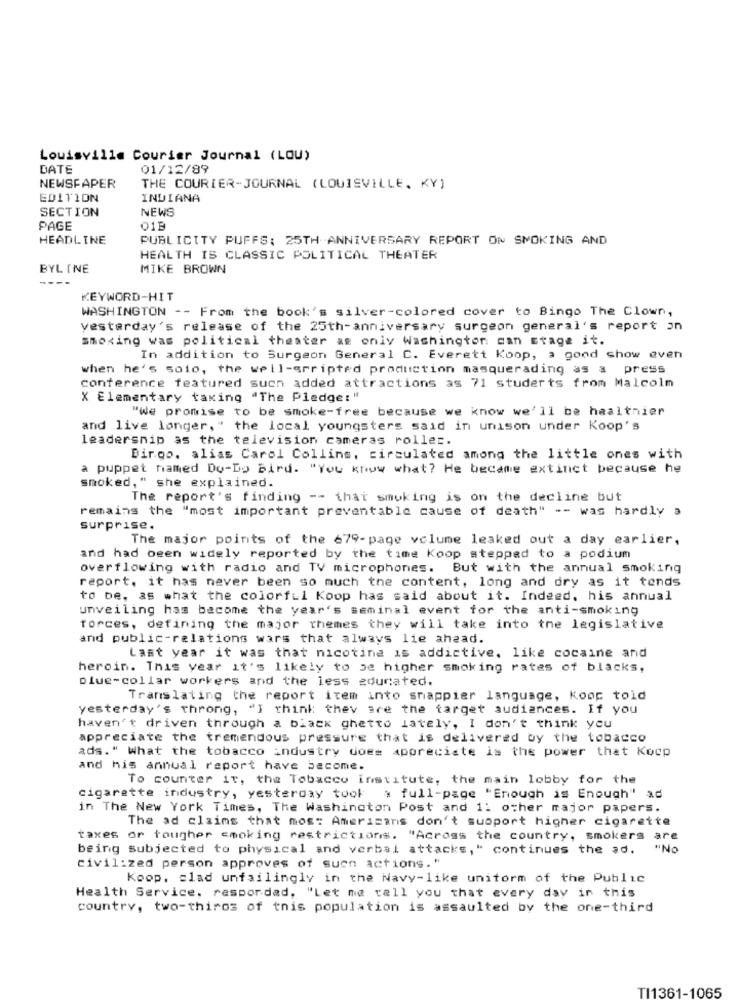
Louisville Courier Journal (LOU)
DATE
01/12/89
NEWSPAPER
THE COURIER-JOURNAL (LOUISVILLE. KY)
EDITION
INDIANA
SECTION
NEWS
PAGE
01B
HEADLINE
PUBLICITY PUFFS: 25TH ANNIVERSARY REPORT ON SMOKING AND
HEALTH IS CLASSIC POLITICAL THEATER
BYL INE
MIKE BROWN
---
KEYWORD-HIT
WASHINGTON -- From the book's silver-colored cover to Bingo The Clown,
yesterday's release of the 25th-anniversary surgeon general's report on
smoking was political theater as only Washington can stage it.
In addition to Surgeon General C. Everett Koop, a gond show even
when he's solo, the well-scripted production masquerading as a press
conference featured such added attractions as 71 studerts from Malcolm
X Elementary taxing "The Pledge:"
"We promise to be smoke-free because we know we'll be healthier
and live longer, " the local youngsters said in unison under Koop's
leadership as the television cameras roller.
Bingo, alias Carol Collins, circulated among the little ones with
a puppet named Do-Do Bird. "You know what? He became extinct because he
smoked," she explained.
The report's finding -- that smoking is on the decline but
remains the "most important preventable cause of death" -- was hardly a
surprise.
The major points of the 679-page volume leaked out a day earlier,
and had been widely reported by the time Koop stepped to a podium
overflowing with radio and TV microphones.
But with the annual smoking
report, it has never been so much the content, long and dry as it tends
to be, as what the colorful Koop has said about it. Indeed, his annual
unveiling has become the year's seminal event for the anti-smoking
forces, defining the major themes they will take into the legislative
and public-relations wars that always lie ahead.
Last year it was that nicotine is addictive. like cocaine and
heroin. This year it's likely to be higher smoking rates of blacks,
blue-collar workers and the less educated.
Translating the report item into snappier language, Koop told
yesterday's throng, "I think they are the target audiences. If you
haven't driven through a black ghetto lately, I don't think you
appreciate the tremendous pressure that is delivered by the tobacco
ads." What the tobacco industry does appreciate is the power that Kocp
and his annual report have become.
To counter it, the Tobacco institute, the main lobby for the
cigarette industry, yesterday took a full-page "Enough is Enough" ad
in The New York Times, The Washington Post and 1: other major papers.
The ad claims that mos: Americans don't suoport higher cigarette
taxes or tougher cooking restrictions. "Across the country, smokers are
being subjected to physical and verbal attacks, " continues the ad.
" No
civilized person approves of suen actions."
Koop, slad unfailingly in the Navy-like unitorm of the Public
Health Service, respondad, "Let me tell you that every day in this
country, two-thirds of this population is assaulted by the one-third
TI1361-1065